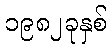
၁၉၈၂ခုနှစ်